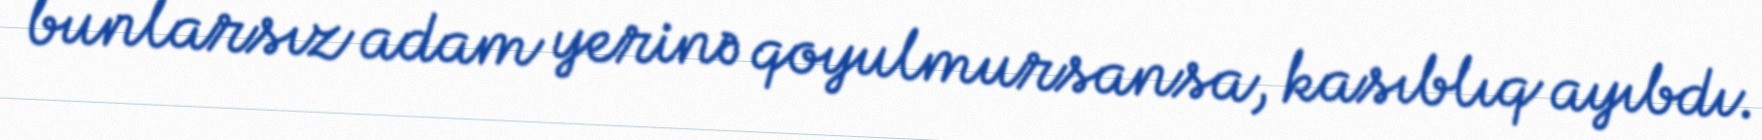
bunlarsız adam yerinə qoyulmursansa, kasıblıq ayıbdı.